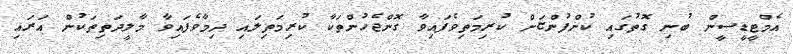
އެމްޓީޑީސީން ބުނި ގޮތުގައި ކުންފުންޏަށް ކުރިމަތިވެފައިވާ ގޮންޖެހުންތަކާ ކުރިމަތިލައި ދިމާވެފައިވާ މާލީދަތިތަކުން އަރަައި